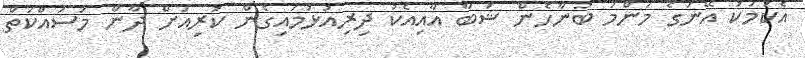
އެކަމަކު އޭނަގެ މަންމަ ބުނާހެން ޝަބާ އާއިއެކު ދިރިއުޅުމައިގެން ކުރިއަށް ދާން މަސައްކަތް